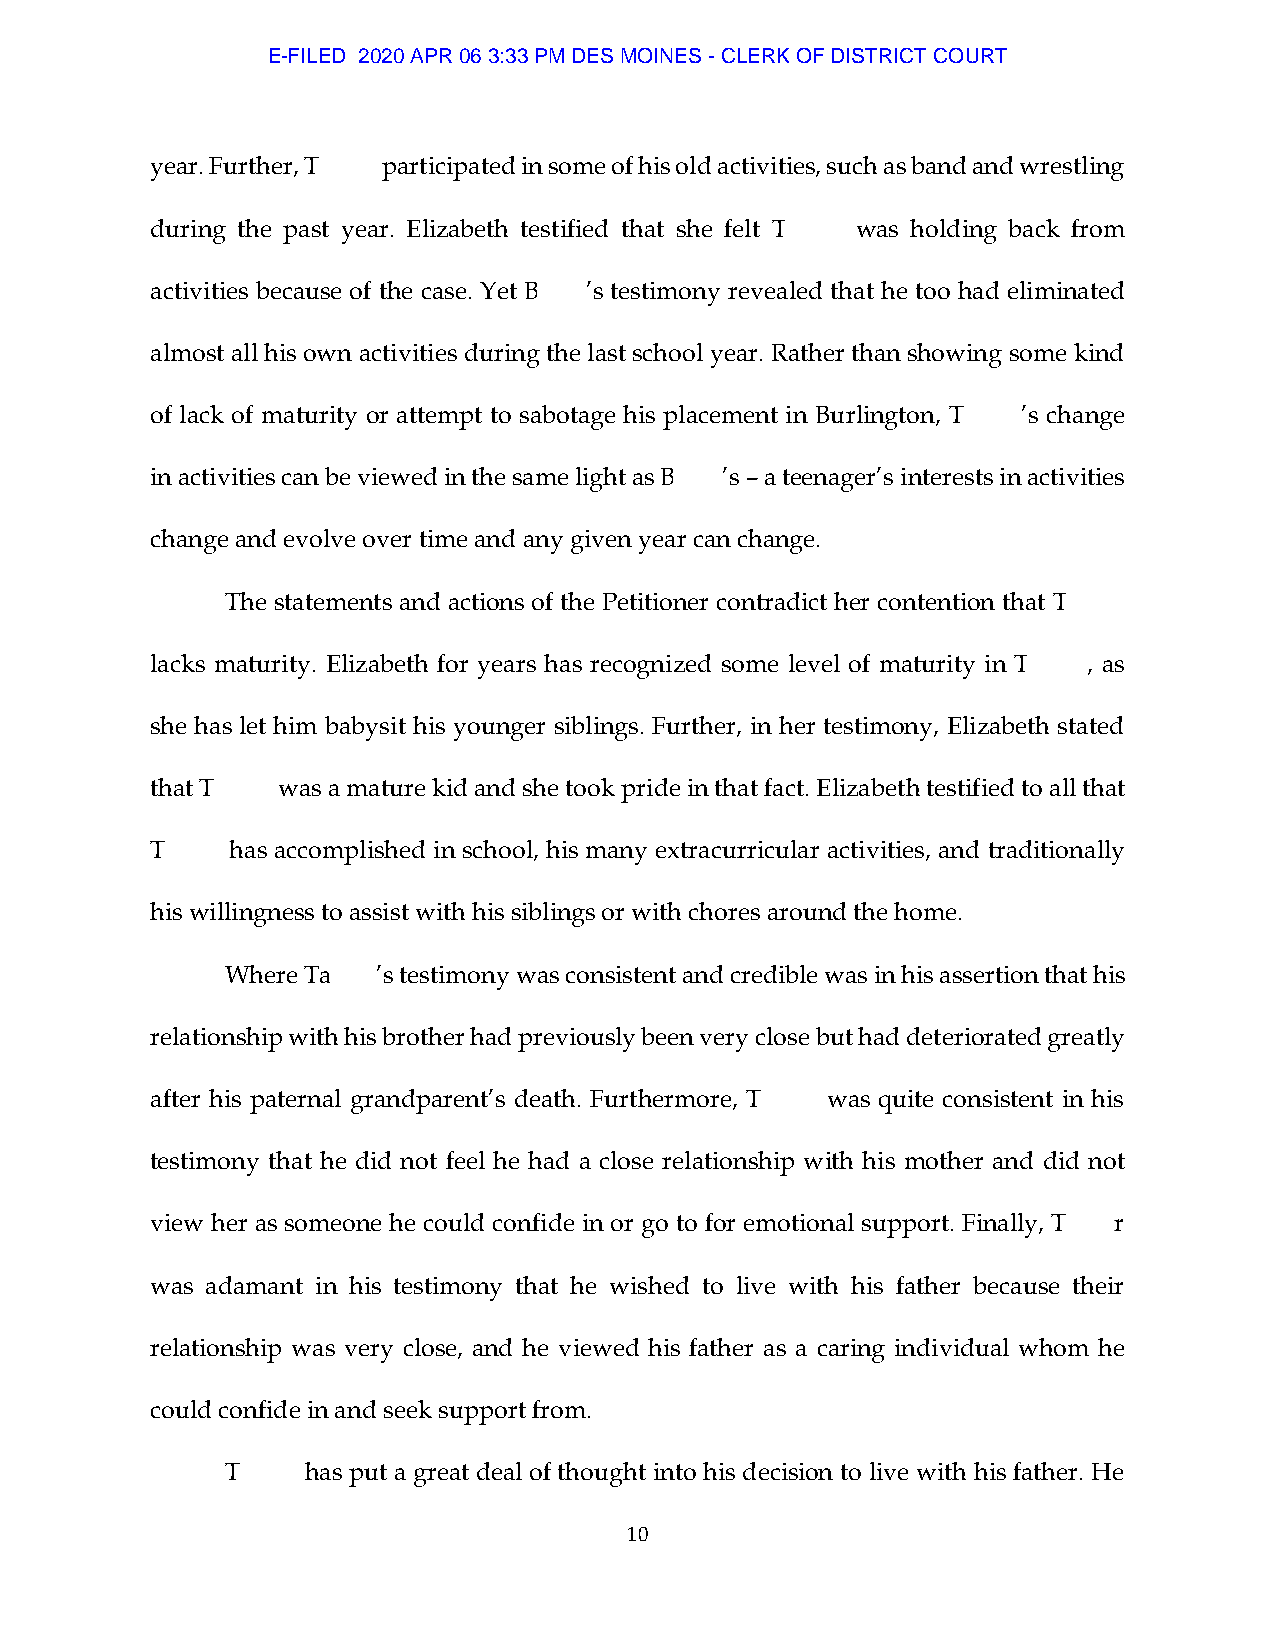
E-FILED 2020 APR 06 3:33 PM DES MOINES - CLERK OF DISTRICT COURT
 year. Further, T participated in some of his old activities, such as band and wrestling
 during the past year. Elizabeth testified that she felt T was holding back from
 activities because of the case. Yet B ’s testimony revealed that he too had eliminated
 almost all his own activities during the last school year. Rather than showing some kind
 of lack of maturity or attempt to sabotage his placement in Burlington, T ’s change
 in activities can be viewed in the same light as B ’s – a teenager’s interests in activities
 change and evolve over time and any given year can change.
 The statements and actions of the Petitioner contradict her contention that T
 lacks maturity. Elizabeth for years has recognized some level of maturity in T , as
 she has let him babysit his younger siblings. Further, in her testimony, Elizabeth stated
 that T  was a mature kid and she took pride in that fact. Elizabeth testified to all that
 T    has accomplished in school, his many extracurricular activities, and traditionally
 his willingness to assist with his siblings or with chores around the home.
 Where Ta  ’s testimony was consistent and credible was in his assertion that his
 relationship with his brother had previously been very close but had deteriorated greatly
 after his paternal grandparent’s death. Furthermore, T was quite consistent in his
 testimony that he did not feel he had a close relationship with his mother and did not
 view her as someone he could confide in or go to for emotional support. Finally, T r
 was adamant in his testimony that he wished to live with his father because their
 relationship was very close, and he viewed his father as a caring individual whom he
 could confide in and seek support from.
 T    has put a great deal of thought into his decision to live with his father. He
 10